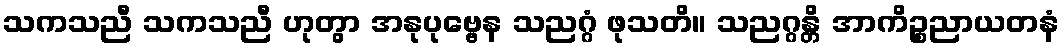
သကသညီ သကသညီ ဟုတွာ အနုပုဗ္ဗေန သညဂ္ဂံ ဖုသတိ။ သညဂ္ဂန္တိ အာကိဉ္စညာယတနံ